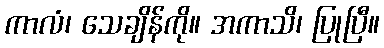
ကာလံ၊ သေချိန်ကို။ အကာသိ၊ ပြုပြီ။